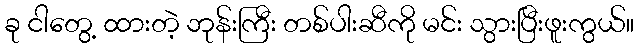
ခု ငါတွေ့ ထားတဲ့ ဘုန်းကြီး တစ်ပါးဆီကို မင်း သွားပြီးဖူးကွယ်။